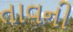
તાવની